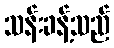
သန်းခန့်သည်